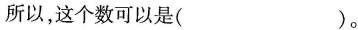
所以，这个数可以是( )。